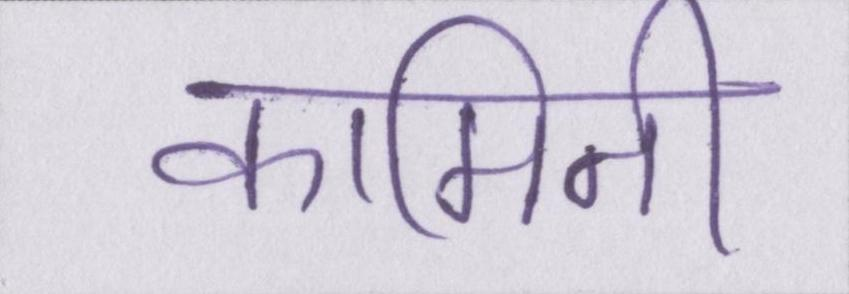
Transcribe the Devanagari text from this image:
कामिनी